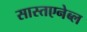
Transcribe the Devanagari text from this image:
सास्तएनेब्ल